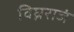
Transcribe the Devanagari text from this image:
विघ्नराजं